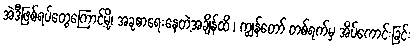
အဲဒီဖြစ်ရပ်တွေကြောင့်မို့၊ အခုစာရေးနေတဲ့အချိန်ထိ ၊ ကျွန်တော် တစ်ရက်မှ အိပ်ကောင်းခြင်း